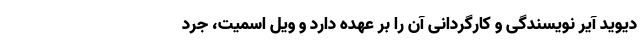
دیوید آیر نویسندگی و کارگردانی آن را بر عهده دارد و ویل اسمیت، جرد